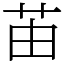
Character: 苖